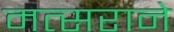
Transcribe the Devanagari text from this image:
मत्सराने